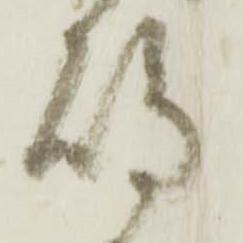
嶋